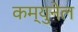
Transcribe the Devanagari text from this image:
कम्युनेल